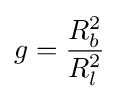
g={\frac {R_{b}^{2}}{R_{l}^{2}}}